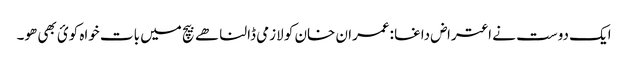
ایک دوست نے اعتراض داغا :عمران خان کو لازمی ڈالنا ھے بیچ میں بات خواہ کوئ بھی ھو۔